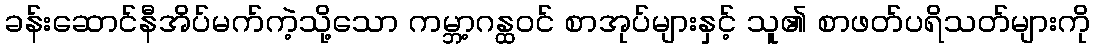
ခန်းဆောင်နီအိပ်မက်ကဲ့သို့သော ကမ္ဘာ့ဂန္ထဝင် စာအုပ်များနှင့် သူ၏ စာဖတ်ပရိသတ်များကို